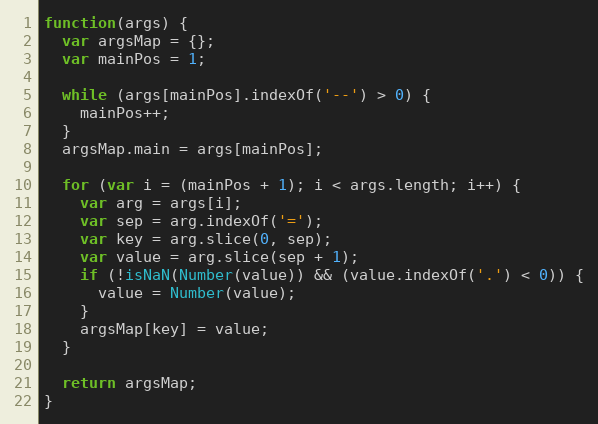
Language: JavaScript
function(args) {
  var argsMap = {};
  var mainPos = 1;

  while (args[mainPos].indexOf('--') > 0) {
    mainPos++;
  }
  argsMap.main = args[mainPos];

  for (var i = (mainPos + 1); i < args.length; i++) {
    var arg = args[i];
    var sep = arg.indexOf('=');
    var key = arg.slice(0, sep);
    var value = arg.slice(sep + 1);
    if (!isNaN(Number(value)) && (value.indexOf('.') < 0)) {
      value = Number(value);
    }
    argsMap[key] = value;
  }

  return argsMap;
}